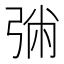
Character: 㢼